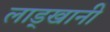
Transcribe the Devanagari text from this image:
लाड्खानी